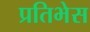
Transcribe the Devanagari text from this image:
प्रतिभेस